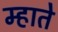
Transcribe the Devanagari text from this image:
म्हाते